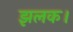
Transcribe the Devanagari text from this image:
झलक।